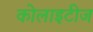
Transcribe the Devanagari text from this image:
कोलाइटीज